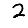
Digit: 2